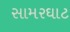
સામરઘાટ